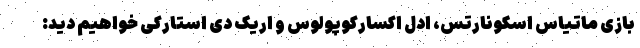
بازی ماتیاس اسکونارتس، ادل اکسارکوپولوس و اریک دی استارکی خواهیم دید: